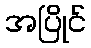
အပြိုင်